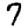
Digit: 7